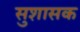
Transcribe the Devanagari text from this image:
सुशासक